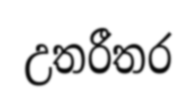
උතරීතර